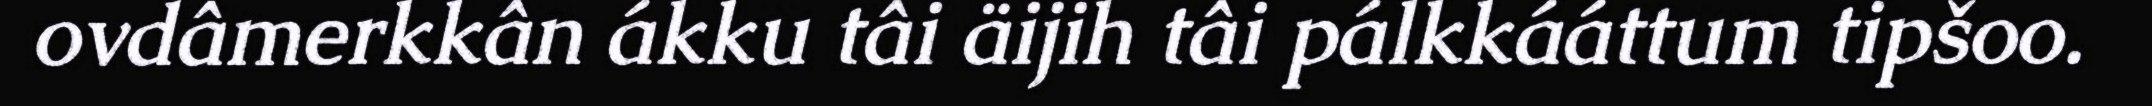
ovdâmerkkân ákku tâi äijih tâi pálkkááttum tipšoo.